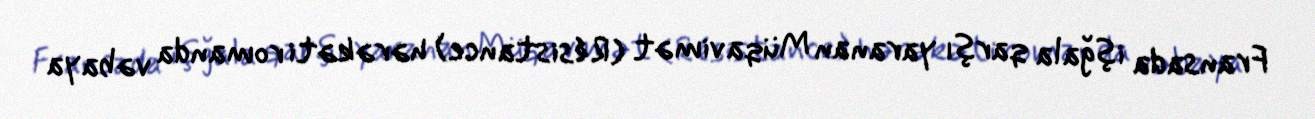
Fransada işğala qarşı yaranan Müqavimət (Résistance) hərəkəti romanda vəbaya